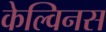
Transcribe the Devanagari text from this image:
केल्विनस